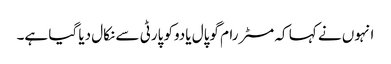
انہوں نے کہا کہ مسٹر رام گوپال یادوکو پارٹی سے نکال دیا گیا ہے۔